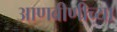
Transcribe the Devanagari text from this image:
आणबीणीच्या